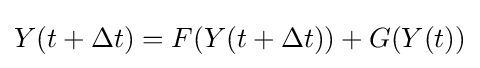
Y(t+\Delta t)=F(Y(t+\Delta t))+G(Y(t))